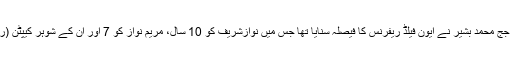
واضح رہے کہ اسلام آباد کی احتساب عدالت کے جج محمد بشیر نے ایون فیلڈ ریفرنس کا فیصلہ سنایا تھا جس میں نوازشریف کو 10 سال، مریم نواز کو 7 اور ان کے شوہر کیپٹن (ر) صفدر کو ایک سال قید کی سزا سنائی گئی ہے۔